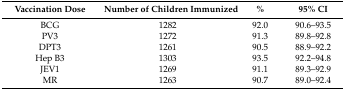
| Vaccination Dose | Number of Children Immunized | % | 95% CI |
 | --- | --- | --- | --- |
 | BCG | 1282 | 92.0 | 90.6–93.5 |
 | PV3 | 1272 | 91.3 | 89.8–92.8 |
 | DPT3 | 1261 | 90.5 | 88.9–92.2 |
 | Hep B3 | 1303 | 93.5 | 92.2–94.8 |
 | JEV1 | 1269 | 91.1 | 89.3–92.9 |
 | MR | 1263 | 90.7 | 89.0–92.4 |